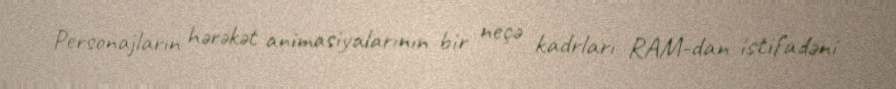
Personajların hərəkət animasiyalarının bir neçə kadrları RAM-dan istifadəni